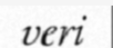
veri